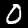
Digit: 0